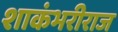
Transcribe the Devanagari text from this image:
शाकंभरीराज